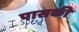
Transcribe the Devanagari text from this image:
पासकी